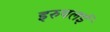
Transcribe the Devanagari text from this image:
इरुपलई